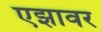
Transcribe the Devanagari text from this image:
एझावर